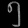
Digit: ၅